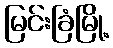
မြင်းခြံမြို့